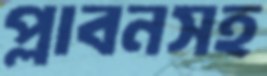
প্লাবনসহ